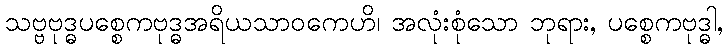
သဗ္ဗဗုဒ္ဓပစ္စေကဗုဒ္ဓအရိယသာဝကေဟိ၊ အလုံးစုံသော ဘုရား, ပစ္စေကဗုဒ္ဓါ,